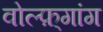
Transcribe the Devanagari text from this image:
वोल्फ़्गांग